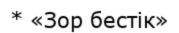
* «Зор бестік»